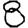
Digit: 8